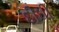
દીઘી